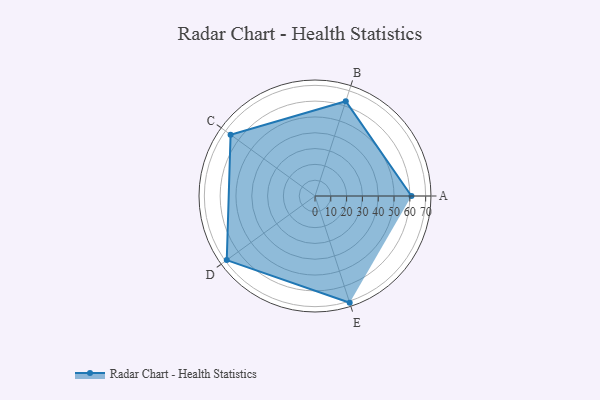
{"axis": {"x": "Skill", "y": "Score"}, "legend": ["Profile"], "data": [{"x": "A", "y": 61.0, "type": "Profile"}, {"x": "B", "y": 63.0, "type": "Profile"}, {"x": "C", "y": 66.0, "type": "Profile"}, {"x": "D", "y": 69.0, "type": "Profile"}, {"x": "E", "y": 71.0, "type": "Profile"}]}